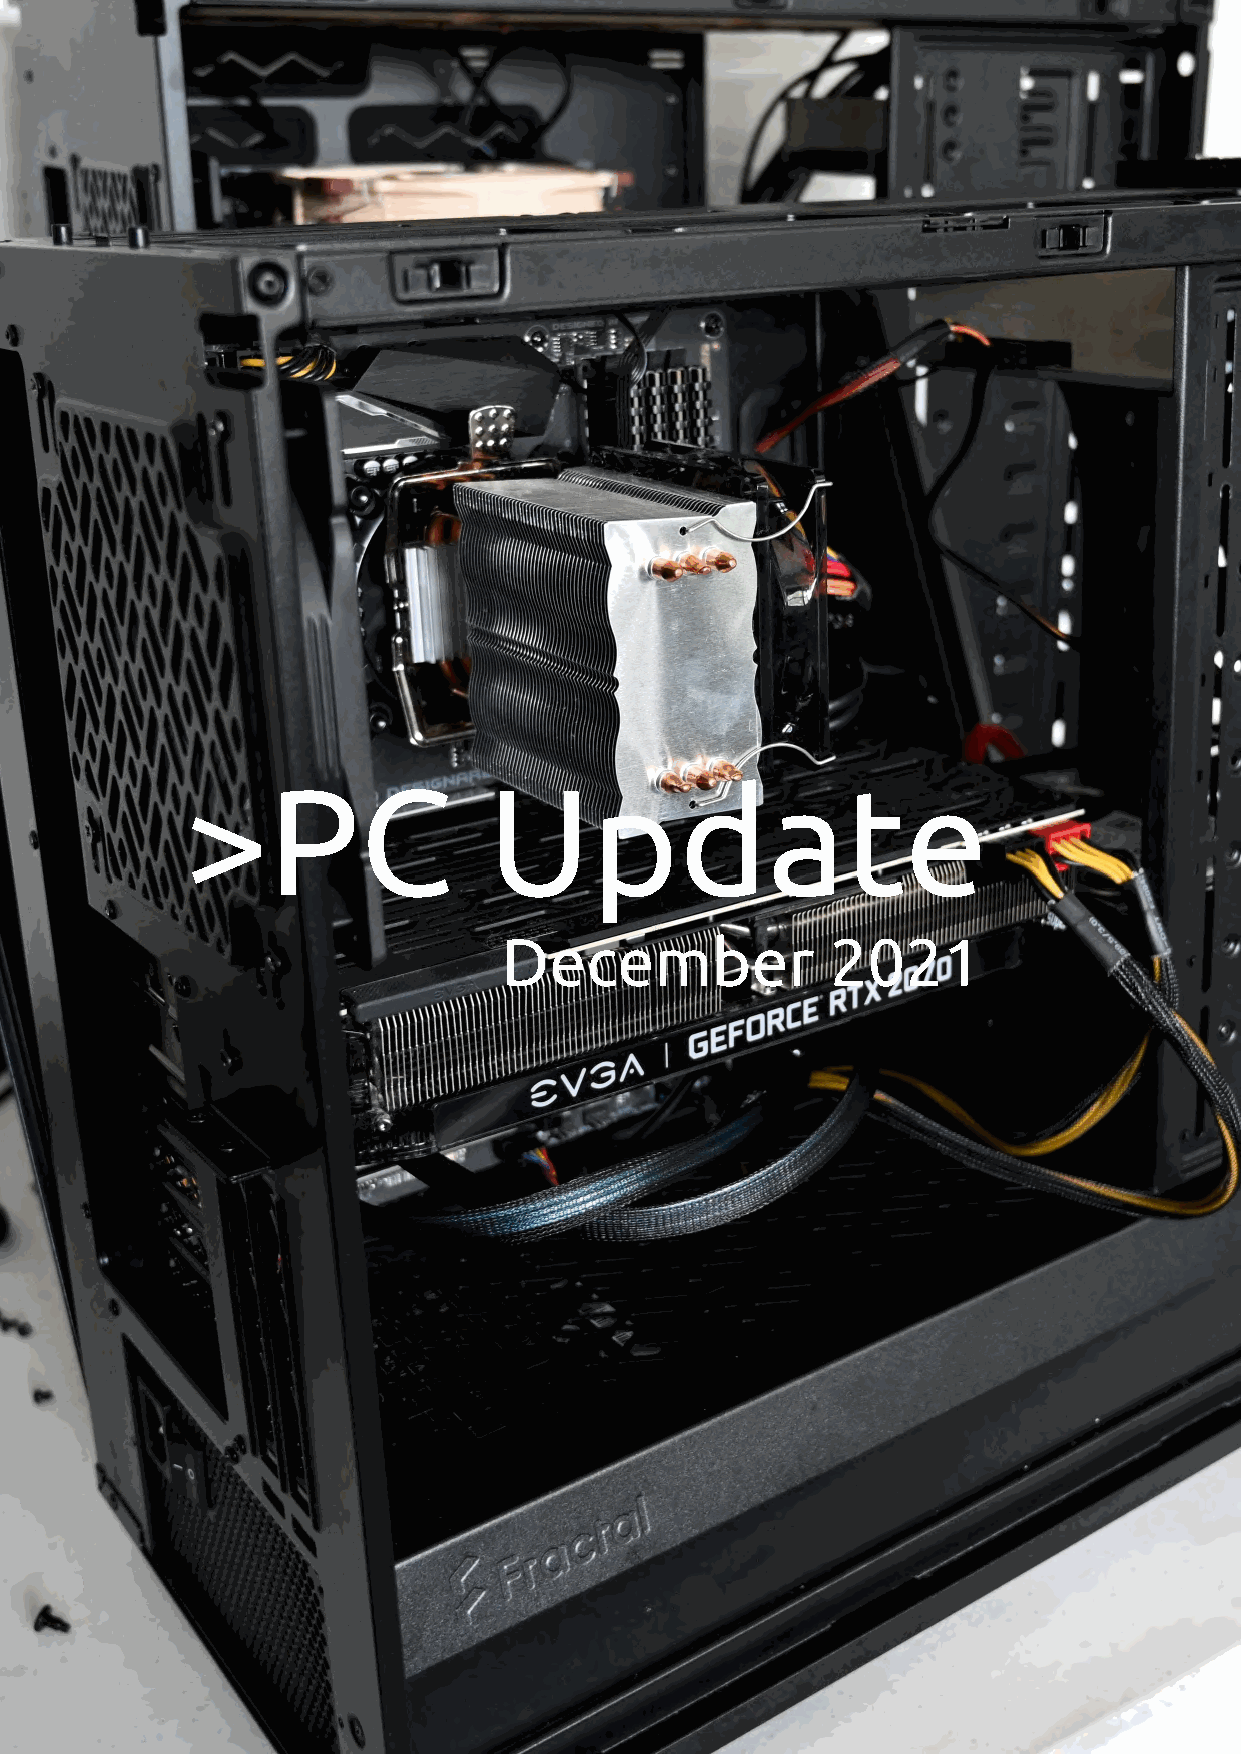
>PC                 Update
 December              2021